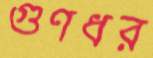
গুণধর